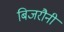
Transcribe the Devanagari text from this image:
बिजरौनी